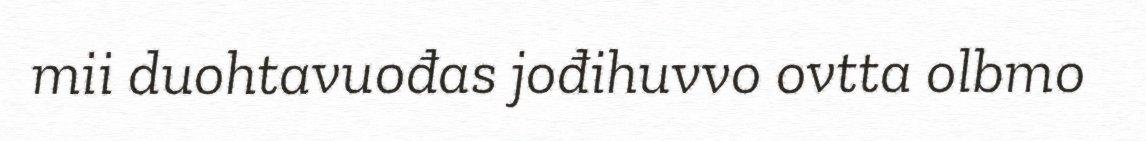
mii duohtavuođas jođihuvvo ovtta olbmo